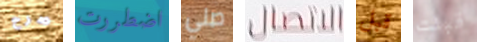
صرح اضطررت صلي الاتصال قبل قبلت